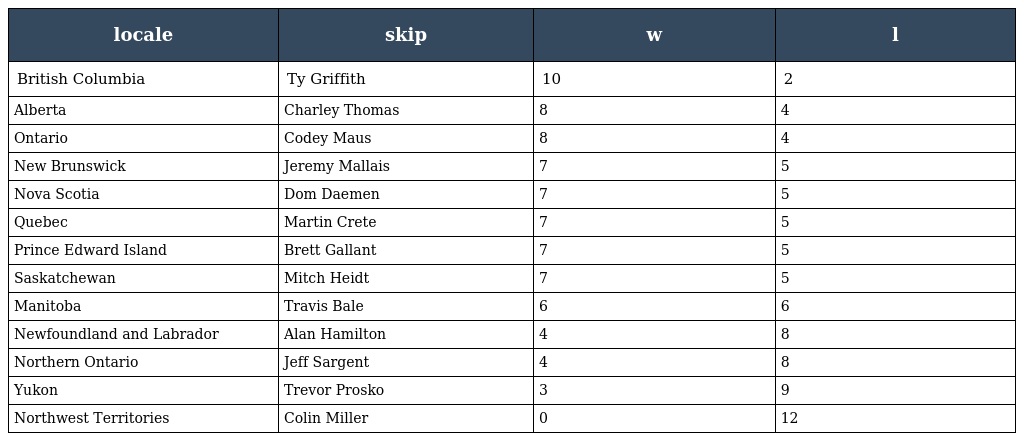
| locale | skip | w | l |
 | --- | --- | --- | --- |
 | British Columbia | Ty Griffith | 10 | 2 |
 | Alberta | Charley Thomas | 8 | 4 |
 | Ontario | Codey Maus | 8 | 4 |
 | New Brunswick | Jeremy Mallais | 7 | 5 |
 | Nova Scotia | Dom Daemen | 7 | 5 |
 | Quebec | Martin Crete | 7 | 5 |
 | Prince Edward Island | Brett Gallant | 7 | 5 |
 | Saskatchewan | Mitch Heidt | 7 | 5 |
 | Manitoba | Travis Bale | 6 | 6 |
 | Newfoundland and Labrador | Alan Hamilton | 4 | 8 |
 | Northern Ontario | Jeff Sargent | 4 | 8 |
 | Yukon | Trevor Prosko | 3 | 9 |
 | Northwest Territories | Colin Miller | 0 | 12 |